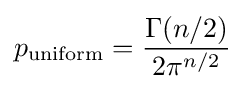
p_{\text{uniform}}={\frac {\Gamma (n/2)}{2\pi ^{n/2}}}